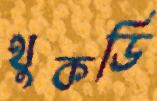
থুকডি